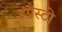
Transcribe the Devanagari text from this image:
इंपैस्टो